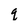
Character: q